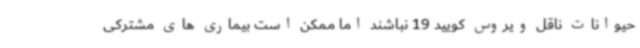
حیوانات ناقل ویروس کویید 19 نباشند اما ممکن است بیماری های مشترکی